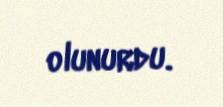
olunurdu.